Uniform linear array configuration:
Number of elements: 12
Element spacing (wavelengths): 1
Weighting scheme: exponential
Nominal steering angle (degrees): -60
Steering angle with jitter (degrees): -60.945
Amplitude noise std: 0.05
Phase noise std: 0.05

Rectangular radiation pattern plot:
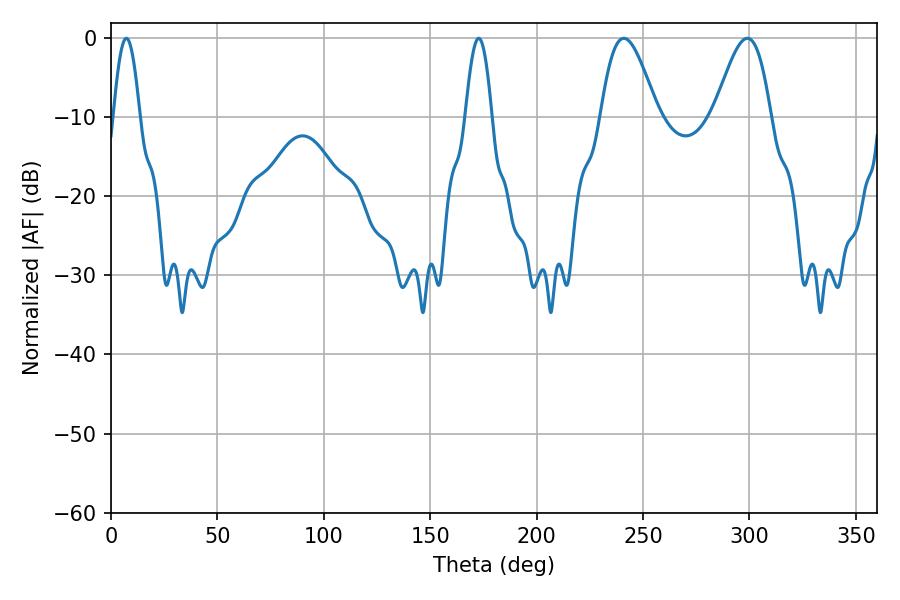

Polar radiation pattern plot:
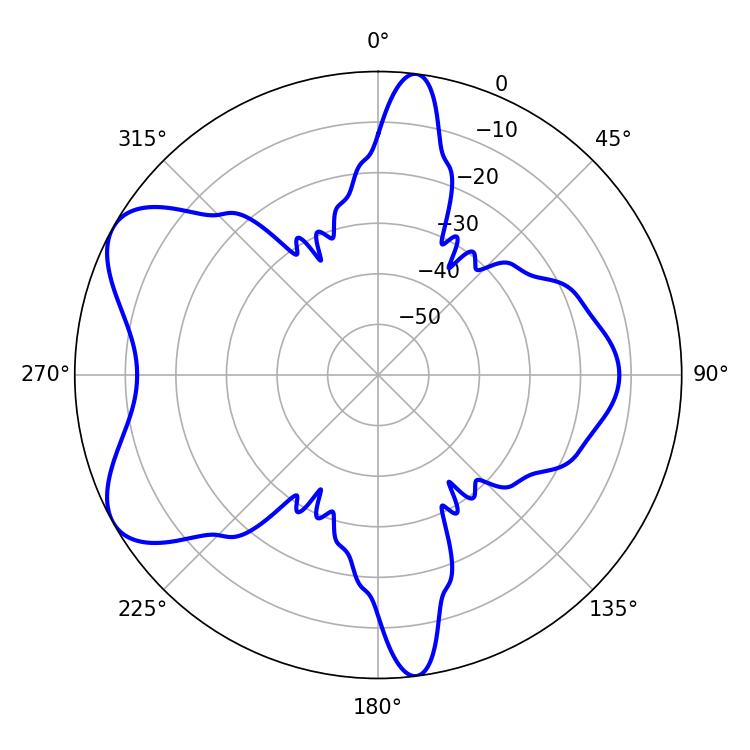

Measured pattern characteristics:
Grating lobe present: TRUE
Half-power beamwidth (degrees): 6.66
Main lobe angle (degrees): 7.2